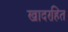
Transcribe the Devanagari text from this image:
खादरहित